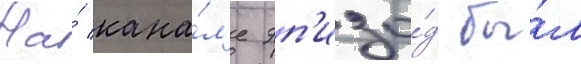
На́ кана́л'е эп'изо́д бы́л